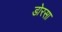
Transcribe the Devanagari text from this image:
डोरसा